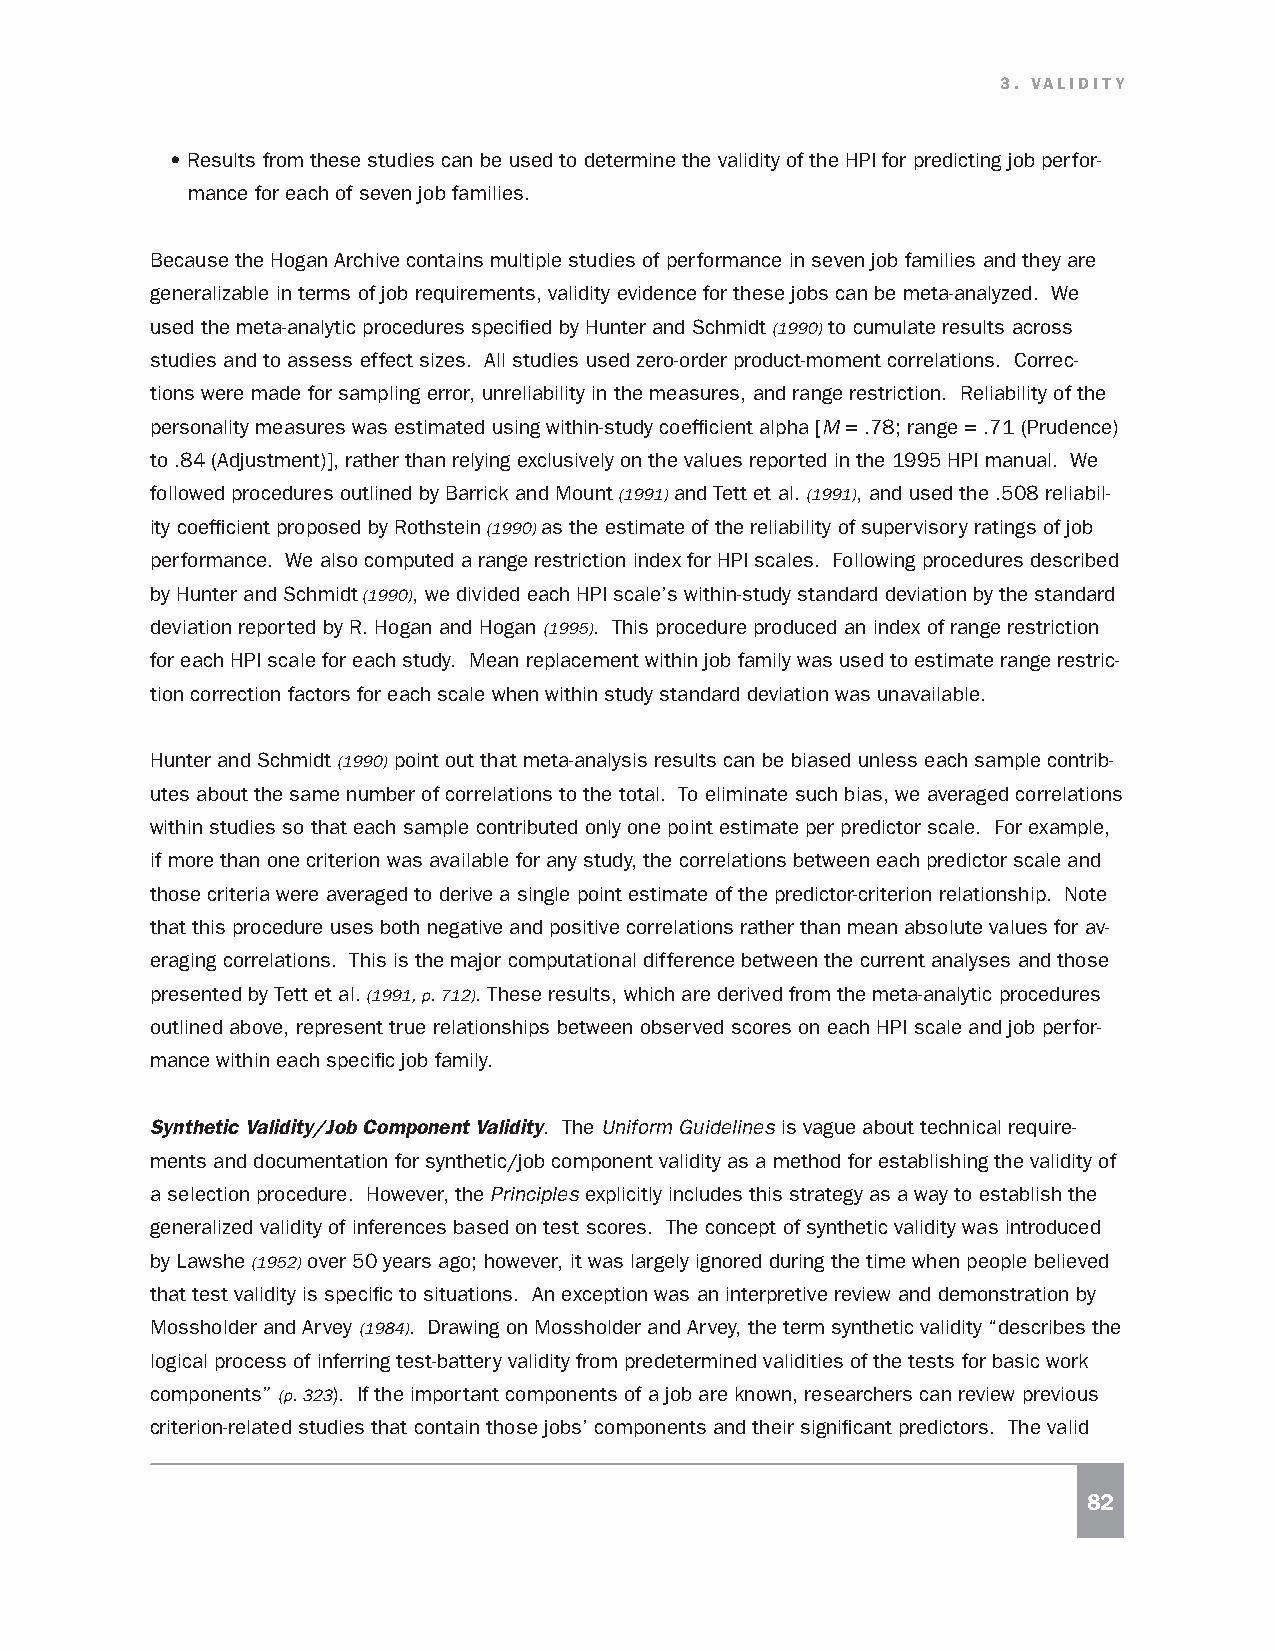
3. VALIDITY
 • Results from these studies can be used to determine the validity of the HPI for predicting job perfor-
 mance for each of seven job families.
 Because the Hogan Archive contains multiple studies of performance in seven job families and they are
 generalizable in terms of job requirements, validity evidence for these jobs can be meta-analyzed. We
 used the meta-analytic procedures specified by Hunter and Schmidt (1990) to cumulate results across
 studies and to assess effect sizes. All studies used zero-order product-moment correlations. Correc-
 tions were made for sampling error, unreliability in the measures, and range restriction. Reliability of the
 personality measures was estimated using within-study coefficient alpha [M = .78; range = .71 (Prudence)
 to .84 (Adjustment)], rather than relying exclusively on the values reported in the 1995 HPI manual. We
 followed procedures outlined by Barrick and Mount (1991) and Tett et al. (1991), and used the .508 reliabil-
 ity coefficient proposed by Rothstein (1990) as the estimate of the reliability of supervisory ratings of job
 performance. We also computed a range restriction index for HPI scales. Following procedures described
 by Hunter and Schmidt (1990), we divided each HPI scale’s within-study standard deviation by the standard
 deviation reported by R. Hogan and Hogan (1995). This procedure produced an index of range restriction
 for each HPI scale for each study. Mean replacement within job family was used to estimate range restric-
 tion correction factors for each scale when within study standard deviation was unavailable.
 Hunter and Schmidt (1990) point out that meta-analysis results can be biased unless each sample contrib-
 utes about the same number of correlations to the total. To eliminate such bias, we averaged correlations
 within studies so that each sample contributed only one point estimate per predictor scale. For example,
 if more than one criterion was available for any study, the correlations between each predictor scale and
 those criteria were averaged to derive a single point estimate of the predictor-criterion relationship. Note
 that this procedure uses both negative and positive correlations rather than mean absolute values for av-
 eraging correlations. This is the major computational difference between the current analyses and those
 presented by Tett et al. (1991, p. 712). These results, which are derived from the meta-analytic procedures
 outlined above, represent true relationships between observed scores on each HPI scale and job perfor-
 mance within each specific job family.
 Synthetic Validity/Job Component Validity. The Uniform Guidelines is vague about technical require-
 ments and documentation for synthetic/job component validity as a method for establishing the validity of
 a selection procedure. However, the Principles explicitly includes this strategy as a way to establish the
 generalized validity of inferences based on test scores. The concept of synthetic validity was introduced
 by Lawshe (1952) over 50 years ago; however, it was largely ignored during the time when people believed
 that test validity is specific to situations. An exception was an interpretive review and demonstration by
 Mossholder and Arvey (1984). Drawing on Mossholder and Arvey, the term synthetic validity “describes the
 logical process of inferring test-battery validity from predetermined validities of the tests for basic work
 components” (p. 323). If the important components of a job are known, researchers can review previous
 criterion-related studies that contain those jobs’ components and their significant predictors. The valid
 82